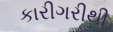
કારીગરીથી